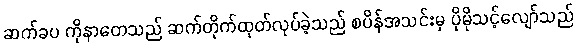
ဆက်ခပ ကိုနာတေသည် ဆက်တိုက်ထုတ်လုပ်ခဲ့သည် စပိန်အသင်းမှ ပိုမိုသင့်လျော်သည်